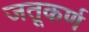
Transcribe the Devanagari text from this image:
जतूकर्ण